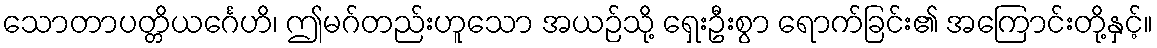
သောတာပတ္တိယင်္ဂေဟိ၊ ဤမဂ်တည်းဟူသော အယဉ်သို့ ရှေးဦးစွာ ရောက်ခြင်း၏ အကြောင်းတို့နှင့်။